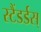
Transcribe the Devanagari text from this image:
स्टैंडर्डस्